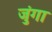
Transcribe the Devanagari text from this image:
जुंगा